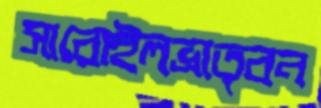
সারোইলভ্রাতৃবন